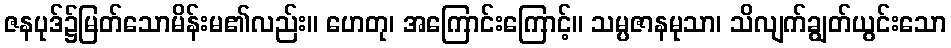
ဇနပုဒ်၌မြတ်သောမိန်းမ၏လည်း။ ဟေတု၊ အကြောင်းကြောင့်။ သမ္ပဇာနမုသာ၊ သိလျက်ချွတ်ယွင်းသော